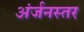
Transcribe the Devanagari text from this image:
अंर्जनस्तर